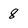
Character: 8